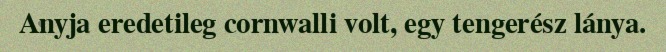
Anyja eredetileg cornwalli volt, egy tengerész lánya.